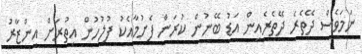
ނަމަވެސް ދޭތެރެ ދޭތެރެއިން އަޑު ބޭނުން ކުރަން ފެށުމާއެކު ފުލުހުން އިތުރަށް އިންޒާރު